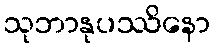
သုဘာနုပဿိနော